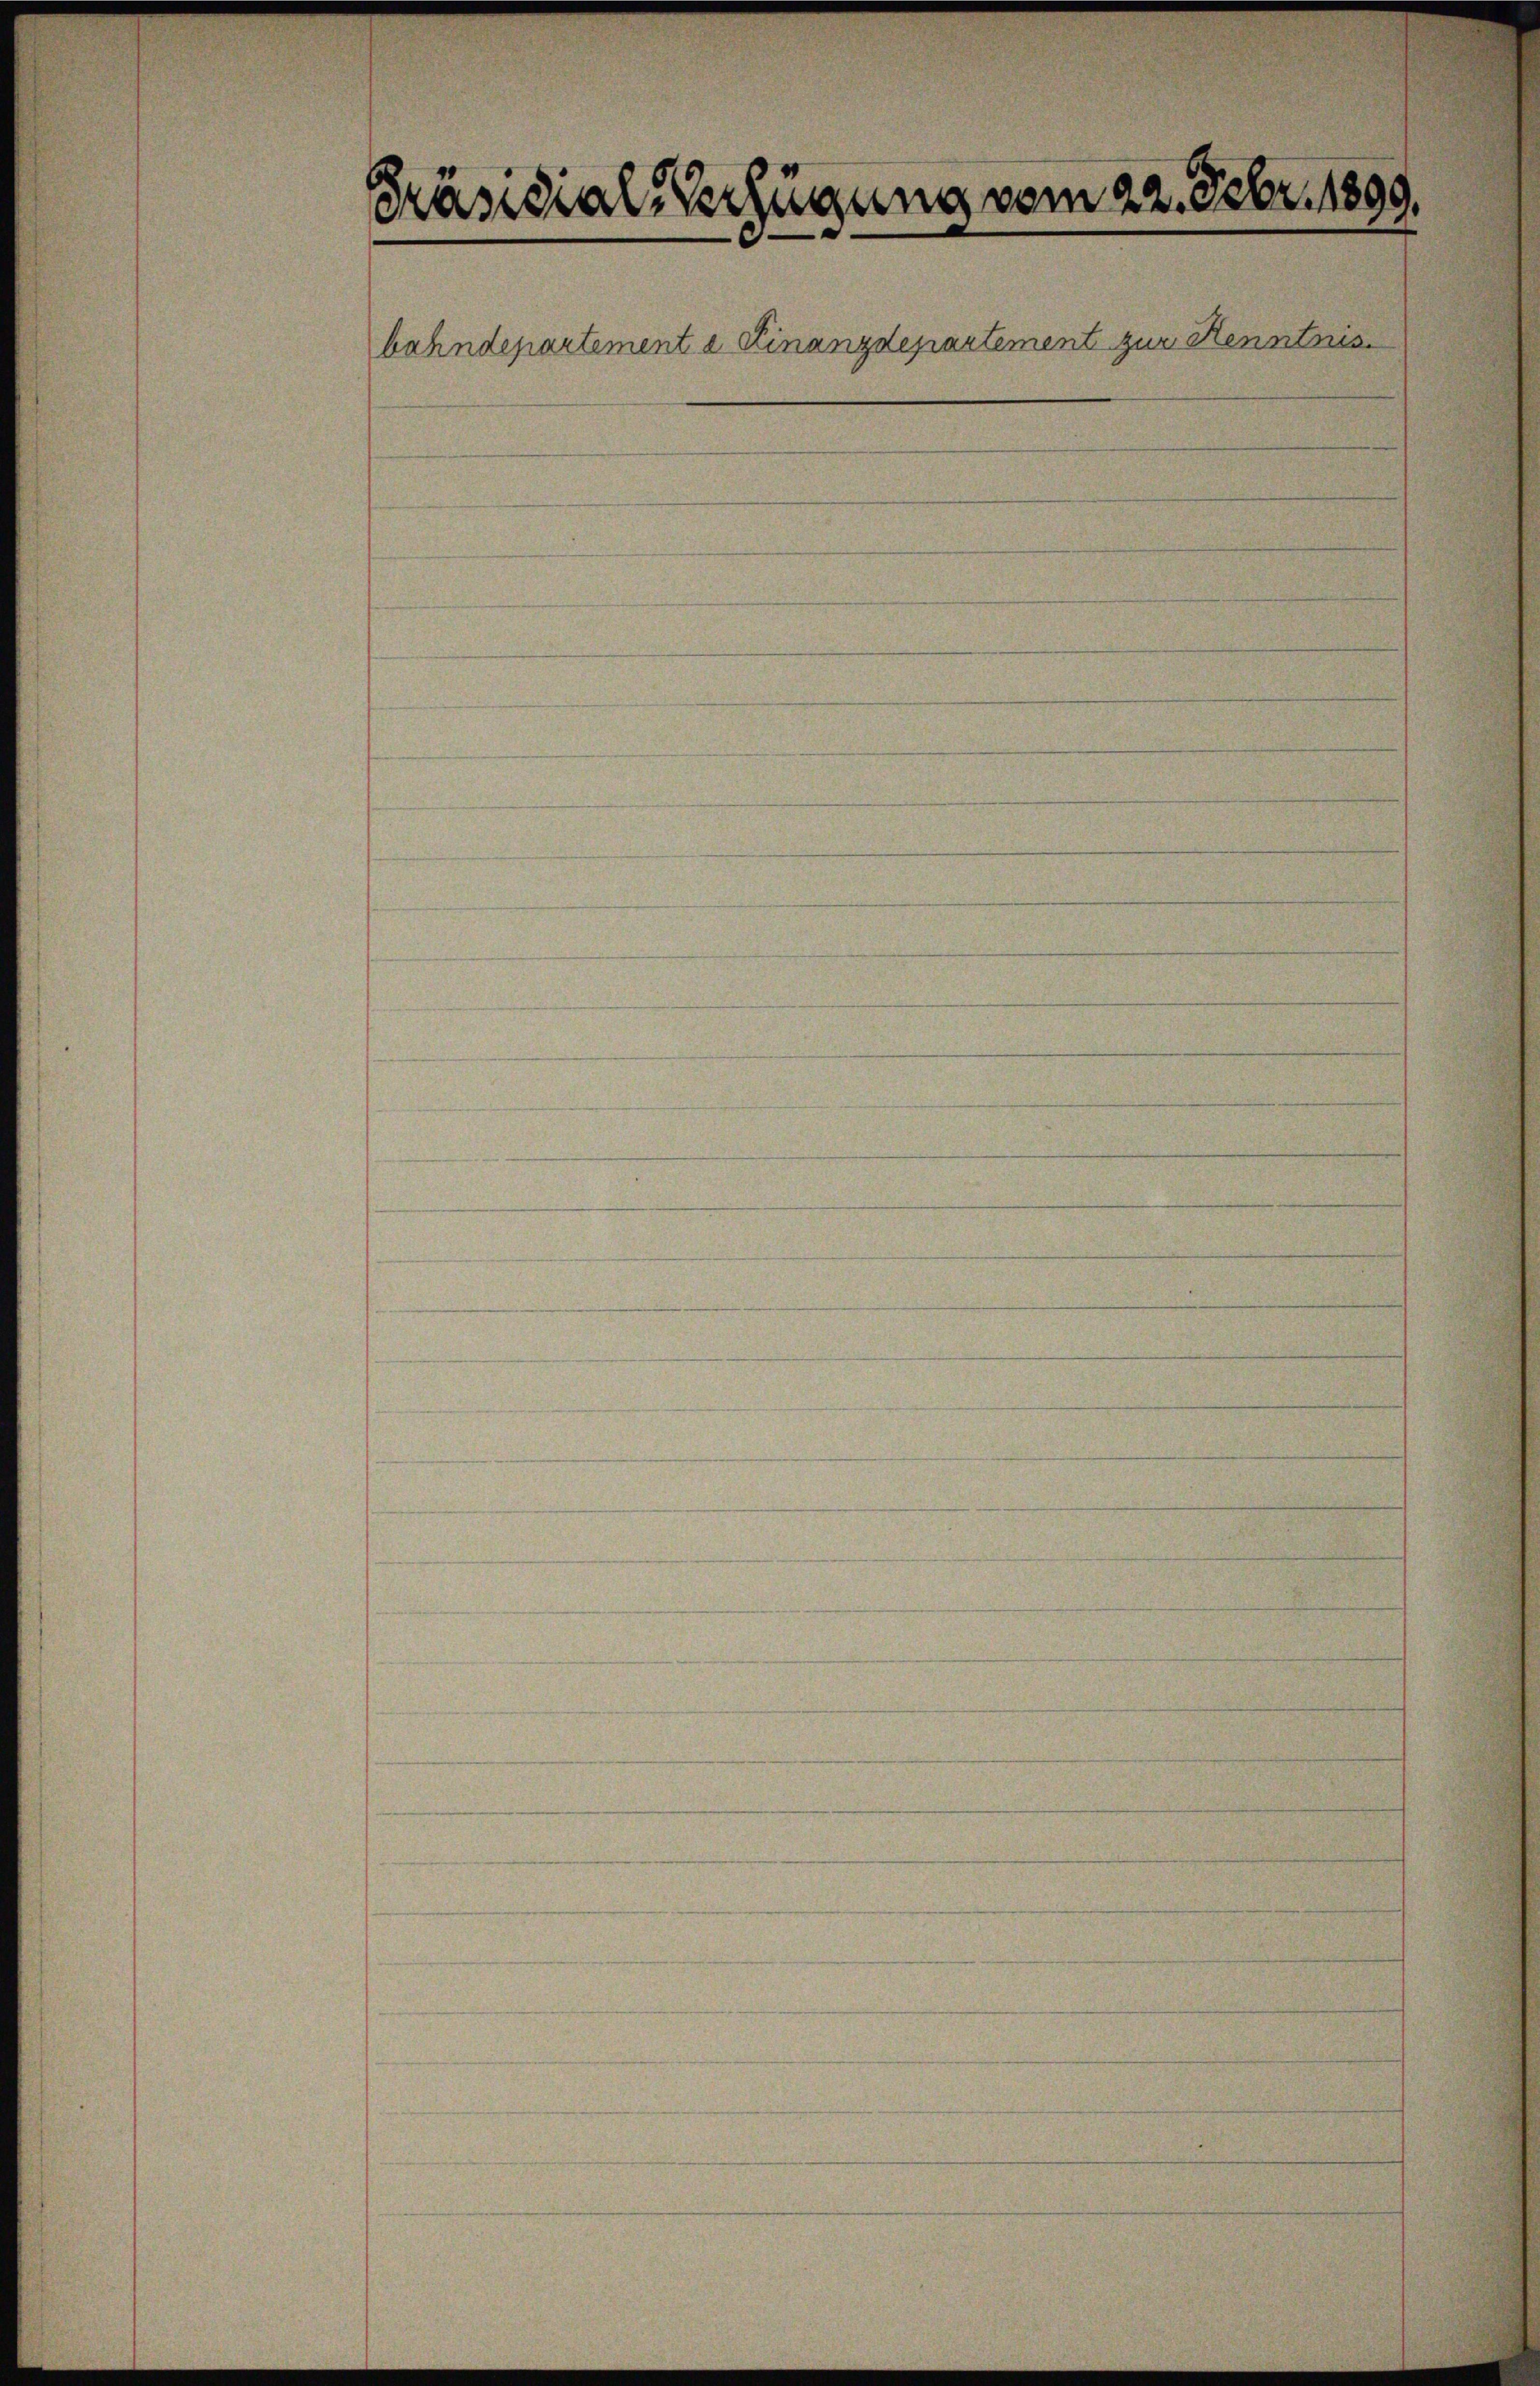
Präsidial-Verfügung vom 22. Febr. 1899.
bahndepartement a Finanzdepartement zur Kenntnis.